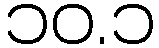
၁၀.၁